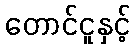
တောင်ငူနှင့်